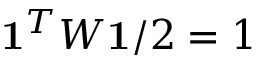
\mathbf { 1 } ^ { T } W \mathbf { 1 } / 2 = 1